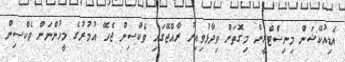
އެޑިއުކޭޝަން މިނިސްޓްރީން މިގޮތަށް ވިދާޅުވިއިރު ރާއްޖޭގައި ވެކްސިން ޖެހޭ އުމުރުގެ މީހުންނަށް ވެކްސިން